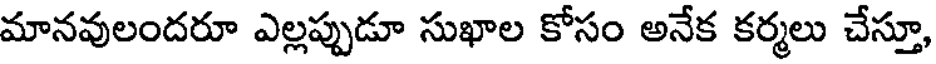
మానవులందరూ ఎల్లప్పుడూ సుఖాల కోసం అనేక కర్మలు చేస్తూ,